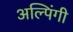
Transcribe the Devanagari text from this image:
अल्पिंगी